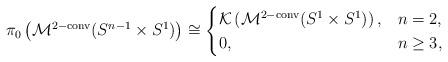
LaTeX: \begin{align*}\pi_0\left(\mathcal{M}^{2-\textrm{conv}}(S^{n-1}\times S^1)\right) \cong\begin{cases}\mathcal{K}\left(\mathcal{M}^{2-\textrm{conv}}(S^{1}\times S^1)\right), & n=2,\\0, & n\geq 3,\end{cases}\end{align*}